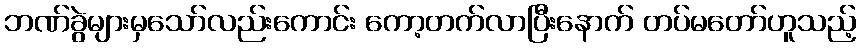
ဘဏ်ခွဲများမှသော်လည်းကောင်း ကော့တက်လာပြီးနောက် တပ်မတော်ဟူသည့်